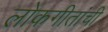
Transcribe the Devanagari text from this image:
लोकगीतांची